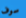
سوف